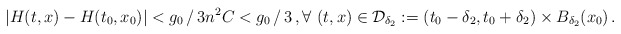
\begin{align*}|H(t,x)-H(t_0,x_0)|< g_0\,/\,3n^2 C<g_0\,/\,3\,, \forall\ (t,x)\in \mathcal{D}_{\delta_2}:=(t_0-\delta_2, t_0+\delta_2)\times B_{\delta_2}(x_0)\,.\end{align*}